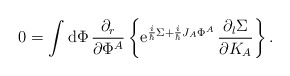
\begin{align*}0=\int {\rm d}\Phi\, {\partial_r\over \partial \Phi^A}\left\{{\rm e}^{{i\over \hbar}\Sigma+{i\over \hbar}J_A\Phi^A}\,{\partial_l\Sigma\over \partial K_A}\right\}.\end{align*}